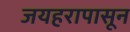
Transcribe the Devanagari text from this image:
जयहरापासून